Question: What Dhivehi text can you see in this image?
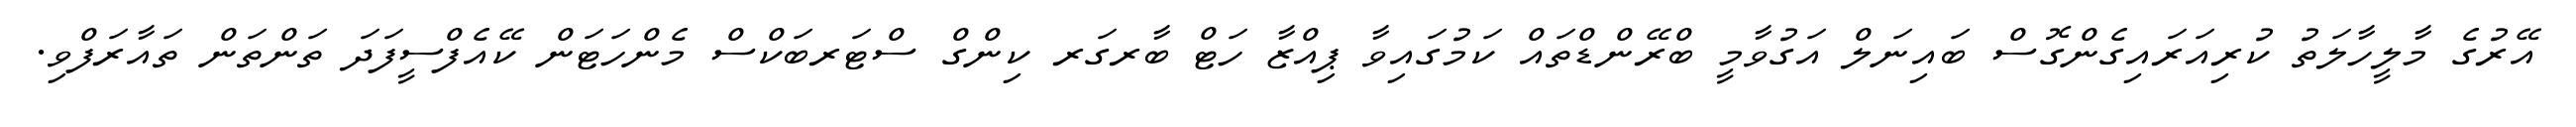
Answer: އޭރުގެ މާލީހާލަތު ކުރިއަރައިގެންގޮސް ބައިނަލް އަގުވާމީ ބްރޭންޑްތައް ކަމުގައިވާ ޕިއްޒާ ހަޓް ބާރގަރ ކިންގް ސްޓަރބަކްސް މެންހަޓަން ކޭއެފްސީފަދަ ތަންތަން ތައާރަފްވި.